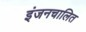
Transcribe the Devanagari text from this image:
इंजनचालित